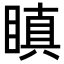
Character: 瞋